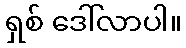
ရှစ် ဒေါ်လာပါ။